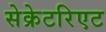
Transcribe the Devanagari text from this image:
सेक्रेटरिएट